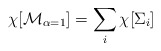
\begin{align*}\chi[{\cal M}_{\alpha=1}]=\sum_{i}\chi[\Sigma_i]~~~\end{align*}